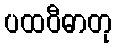
ပထဝီဓာတု